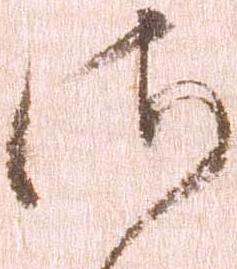
御